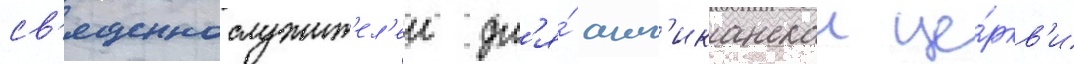
св'ященнослужит'ел'еи дл'я́ англ'иканскои це́ркв'и